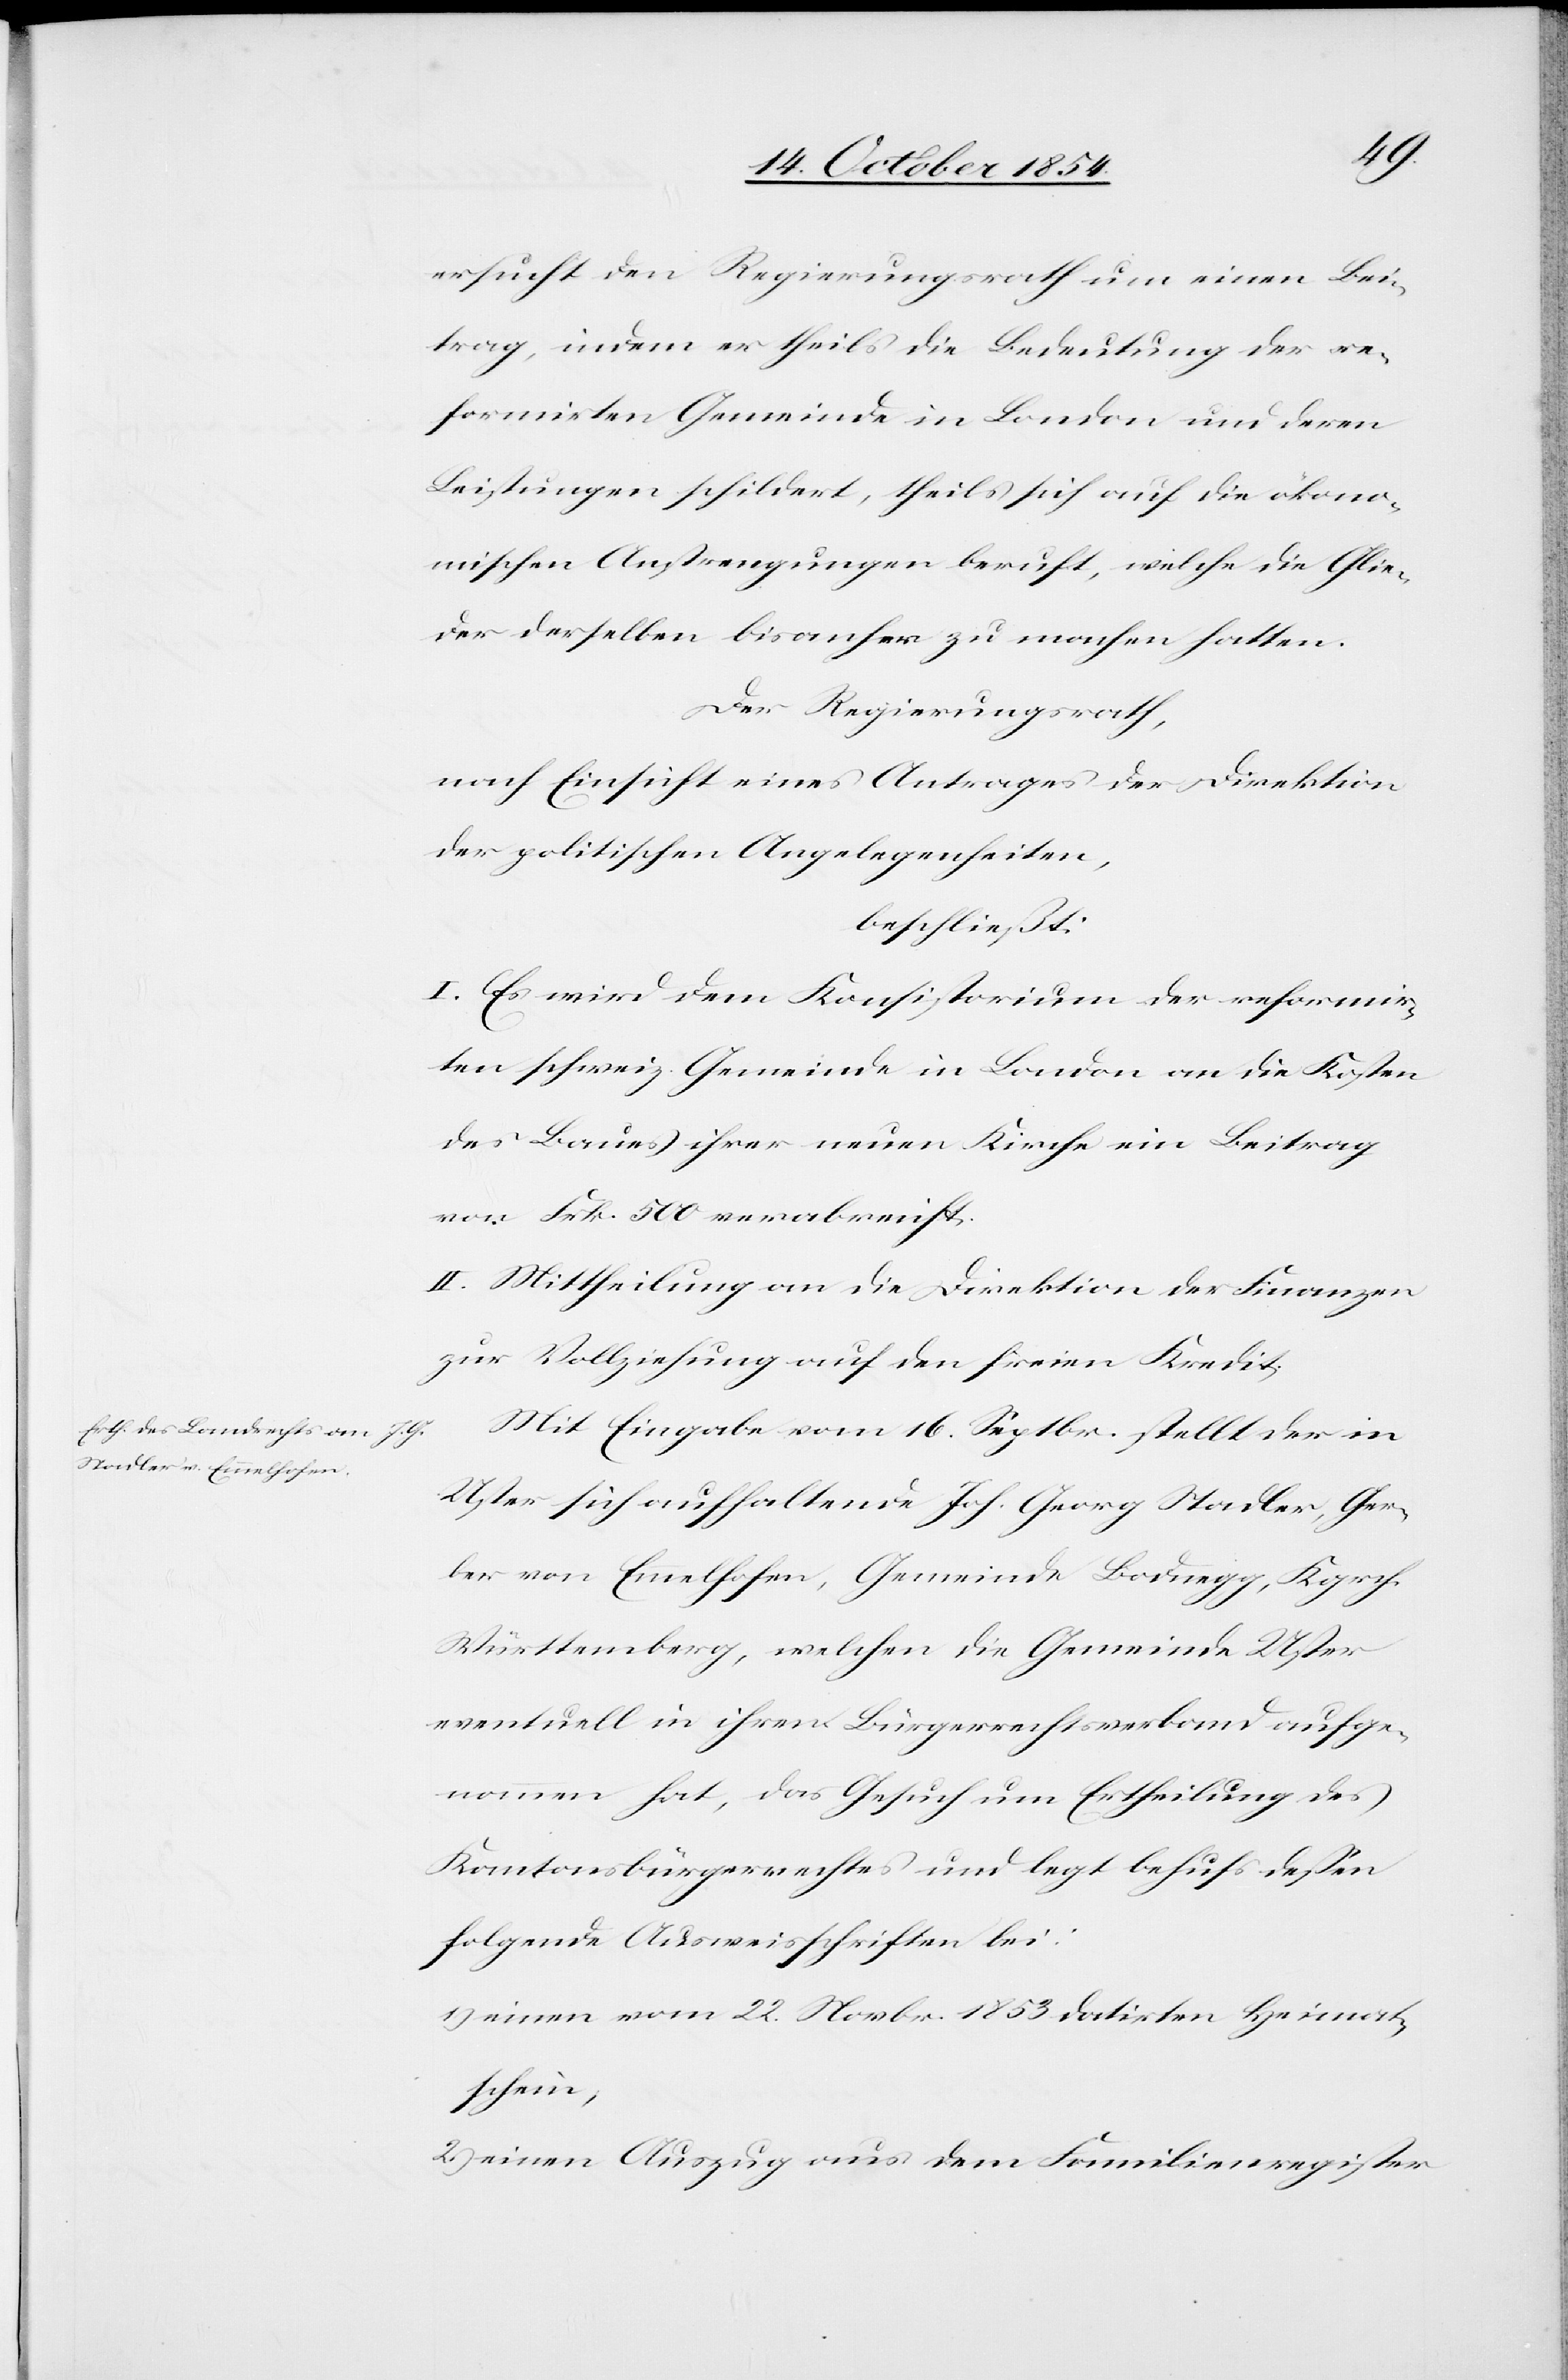
ersucht den Regierungsrath um einen Bei¬
trag, indem er theils die Bedeutung der re¬
formirten Gemeinde in London und deren
Leistungen schildert, theils sich auf die ökono¬
mischen Anstrengungen beruft, welche die Glie¬
der derselben bis anher zu machen hatten.
Der Regierungsrath,
nach Einsicht eines Antrages der Direktion
der politischen Angelegenheiten,
beschließt:
I. Es wird dem Konsistorium der reformir¬
ten schweiz. Gemeinde in London an die Kosten
des Baues ihrer neuen Kirche ein Beitrag
von Frk. 500 verabreicht.
II. Mittheilung an die Direktion der Finanzen
zur Vollziehung auf den freien Kredit.
Mit Eingabe vom 16. Septbr. stellt der in
Uster sich aufhaltende Joh. Georg Stadler, Ger¬
ber von Emmelhofen, Gemeinde Bodnegg, Kgrch.
Württemberg, welchen die Gemeinde Uster
eventuell in ihren Bürgerrechtsverband aufge¬
nommen hat, das Gesuch um Ertheilung des
Kantonsbürgerrechtes und legt behufs deßen
folgende Ausweisschriften bei:
1.) einen vom 22. Novbr. 1853 datirten Heimat¬
schein;
2.) einen Auszug aus dem Familienregister